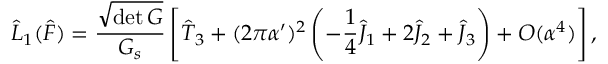
\hat { { \cal L } } _ { 1 } ( \hat { F } ) = \frac { \sqrt { \operatorname * { d e t } G } } { G _ { s } } \left[ \hat { T } _ { 3 } + ( 2 \pi \alpha ^ { \prime } ) ^ { 2 } \left( - \frac { 1 } { 4 } \hat { J } _ { 1 } + 2 \hat { J } _ { 2 } + \hat { J } _ { 3 } \right) + O ( \alpha ^ { 4 } ) \right] ,